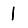
Digit: 1